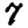
Digit: 7